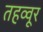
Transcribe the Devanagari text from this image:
तहव्वूर